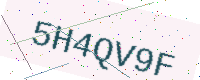
Text: 5H4QV9F